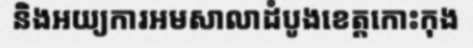
និងអយ្យការអមសាលាដំបូងខេត្តកោះកុង